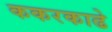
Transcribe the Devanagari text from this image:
ककरकाढे